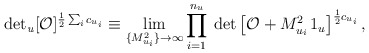
\begin{align*}{\rm det_{\it u}} [{\cal O}]^{{1\over 2}\sum_i c_{u_i}}\equiv\lim_{\{M_{u_i}^2\}\rightarrow\infty}\prod_{i=1}^{n_u} \hskip .1truecm{\rm det}\left[{\cal O}+M_{u_i}^2\, 1_u\right]^{{1\over 2}c_{u_i}},\end{align*}